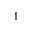
^ 1